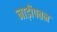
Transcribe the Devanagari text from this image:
नाड़ीपतन